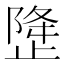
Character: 𰙳